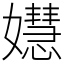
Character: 𡣺